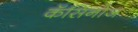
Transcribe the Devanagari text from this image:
कॅसिनोज